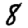
Digit: 8